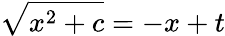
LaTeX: {\sqrt{x^{2}+c}}=-x+t